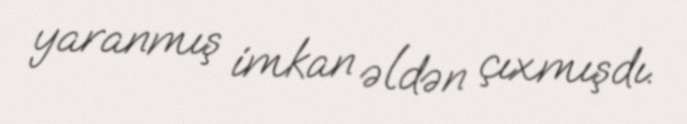
yaranmış imkan əldən çıxmışdı.